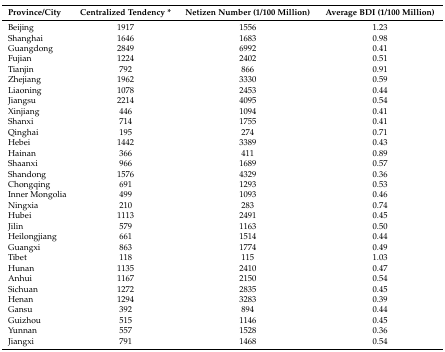
<table><thead><tr><td><b>Province/City</b></td><td><b>Centralized Tendency *</b></td><td><b>Netizen Number (1/100 Million)</b></td><td><b>Average BDI (1/100 Million)</b></td></tr></thead><tbody><tr><td>Beijing</td><td>1917</td><td>1556</td><td>1.23</td></tr><tr><td>Shanghai</td><td>1646</td><td>1683</td><td>0.98</td></tr><tr><td>Guangdong</td><td>2849</td><td>6992</td><td>0.41</td></tr><tr><td>Fujian</td><td>1224</td><td>2402</td><td>0.51</td></tr><tr><td>Tianjin</td><td>792</td><td>866</td><td>0.91</td></tr><tr><td>Zhejiang</td><td>1962</td><td>3330</td><td>0.59</td></tr><tr><td>Liaoning</td><td>1078</td><td>2453</td><td>0.44</td></tr><tr><td>Jiangsu</td><td>2214</td><td>4095</td><td>0.54</td></tr><tr><td>Xinjiang</td><td>446</td><td>1094</td><td>0.41</td></tr><tr><td>Shanxi</td><td>714</td><td>1755</td><td>0.41</td></tr><tr><td>Qinghai</td><td>195</td><td>274</td><td>0.71</td></tr><tr><td>Hebei</td><td>1442</td><td>3389</td><td>0.43</td></tr><tr><td>Hainan</td><td>366</td><td>411</td><td>0.89</td></tr><tr><td>Shaanxi</td><td>966</td><td>1689</td><td>0.57</td></tr><tr><td>Shandong</td><td>1576</td><td>4329</td><td>0.36</td></tr><tr><td>Chongqing</td><td>691</td><td>1293</td><td>0.53</td></tr><tr><td>Inner Mongolia</td><td>499</td><td>1093</td><td>0.46</td></tr><tr><td>Ningxia</td><td>210</td><td>283</td><td>0.74</td></tr><tr><td>Hubei</td><td>1113</td><td>2491</td><td>0.45</td></tr><tr><td>Jilin</td><td>579</td><td>1163</td><td>0.50</td></tr><tr><td>Heilongjiang</td><td>661</td><td>1514</td><td>0.44</td></tr><tr><td>Guangxi</td><td>863</td><td>1774</td><td>0.49</td></tr><tr><td>Tibet</td><td>118</td><td>115</td><td>1.03</td></tr><tr><td>Hunan</td><td>1135</td><td>2410</td><td>0.47</td></tr><tr><td>Anhui</td><td>1167</td><td>2150</td><td>0.54</td></tr><tr><td>Sichuan</td><td>1272</td><td>2835</td><td>0.45</td></tr><tr><td>Henan</td><td>1294</td><td>3283</td><td>0.39</td></tr><tr><td>Gansu</td><td>392</td><td>894</td><td>0.44</td></tr><tr><td>Guizhou</td><td>515</td><td>1146</td><td>0.45</td></tr><tr><td>Yunnan</td><td>557</td><td>1528</td><td>0.36</td></tr><tr><td>Jiangxi</td><td>791</td><td>1468</td><td>0.54</td></tr></tbody></table>